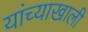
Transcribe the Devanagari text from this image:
यांच्याखाली